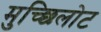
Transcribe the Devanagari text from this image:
मुच्छिलोट